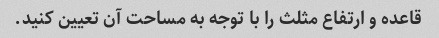
قاعده و ارتفاع مثلث را با توجه به مساحت آن تعیین کنید.